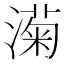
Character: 𬈵